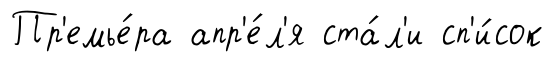
Пр'емье́ра апр'е́л'я ста́л'и сп'и́сок